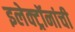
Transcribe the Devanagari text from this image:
इलेक्ट्रॉनांची